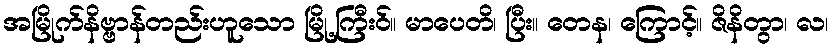
အမြိုက်နိဗ္ဗာန်တည်းဟူသော မြို့ကြီးဝ်။ မာပေတိ၊ ပြီး။ တေန၊ ကြောင့်။ ဇိနိတွာ၊ လ၊